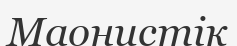
Маонистік